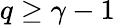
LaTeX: q\ge\gamma-1